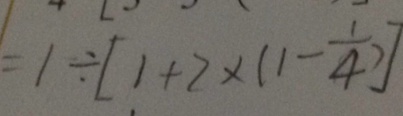
= 1 \div [ 1 + 2 \times ( 1 - 4 ) ]